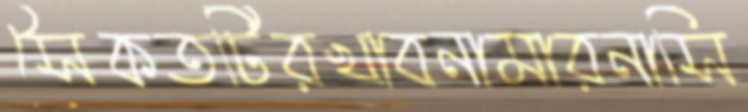
সৈকতটিরখাবনামারনাসি